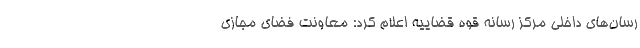
رسان‌های داخلی مرکز رسانه قوه قضاییه اعلام کرد: معاونت فضای مجازی